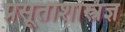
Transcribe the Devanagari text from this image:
प्रसूतीशास्त्रज्ञ